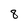
Character: 8